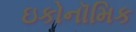
ઇકોનૉમિક